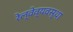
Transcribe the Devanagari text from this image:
रेल्वेव्यवस्था